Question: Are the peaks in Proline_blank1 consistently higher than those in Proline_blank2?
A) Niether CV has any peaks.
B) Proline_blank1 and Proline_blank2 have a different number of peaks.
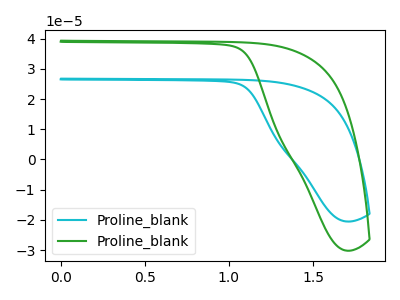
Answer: <think>The cyan curve "Proline_blank1" has no peaks. The green curve "Proline_blank2" has no peaks.</think>
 <answer>A) Niether CV has any peaks.</answer>
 <eval>A</eval>